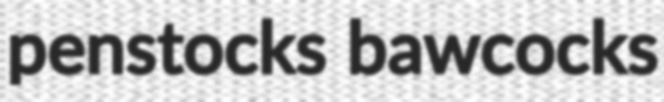
penstocks bawcocks